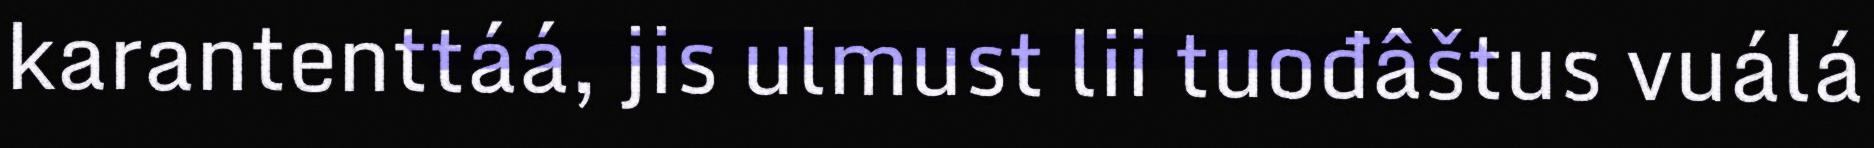
karantenttáá, jis ulmust lii tuođâštus vuálá